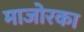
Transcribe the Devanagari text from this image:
माजोरका